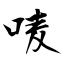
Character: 唛